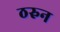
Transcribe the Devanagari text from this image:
ठरुन